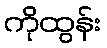
ကိုထွန်း